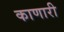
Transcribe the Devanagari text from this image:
काणारी